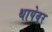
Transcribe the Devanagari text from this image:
थापेवर